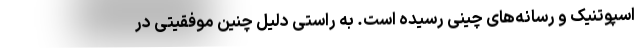
اسپوتنیک و رسانه‌های چینی رسیده است. به راستی دلیل چنین موفقیتی در